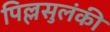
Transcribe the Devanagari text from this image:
पिल्लसुलंकी